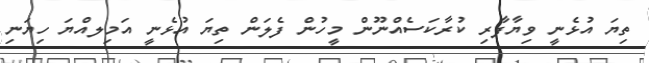
ތިޔަ އުޅެނީ ވިޔާފާރި ކުރާކަސެއްނޫން މީހުން ފެލަން ތިޔަ އުޅެނީ އަމިލއްޔަ ހިޔަނި